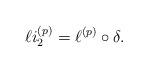
LaTeX: \begin{align*}\ell i_{2} ^{(p)}= \ell^{(p)} \circ \delta. \end{align*}